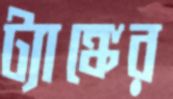
ট্যাঙ্কের